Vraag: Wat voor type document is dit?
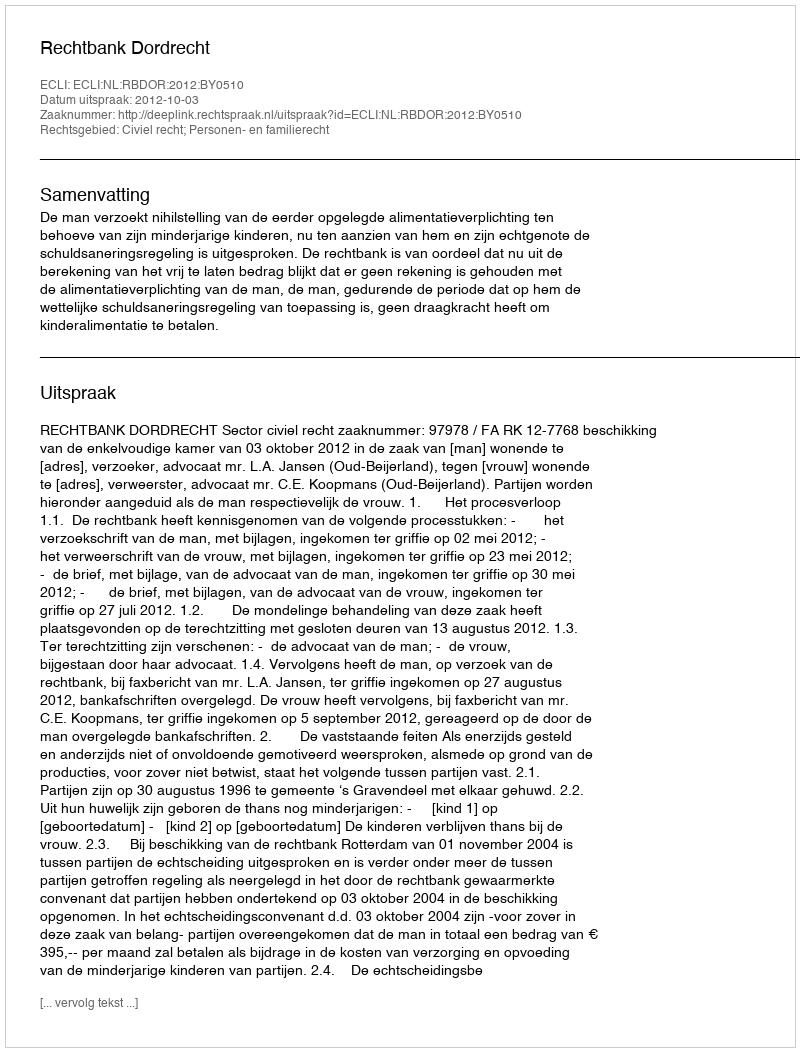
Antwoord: Uitspraak